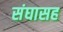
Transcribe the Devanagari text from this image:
संघासह